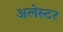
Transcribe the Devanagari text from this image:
अलेस्टर